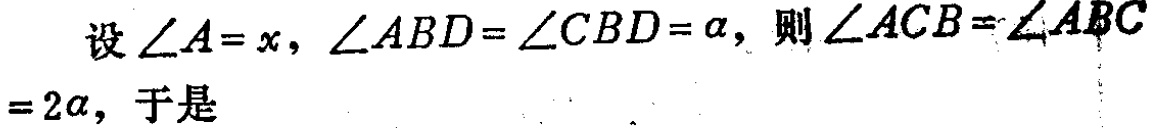
设\(\angle A = x\)，\(\angle ABD=\angle CBD = \alpha\)，则\(\angle ACB=\angle ABC = 2\alpha\)，于是